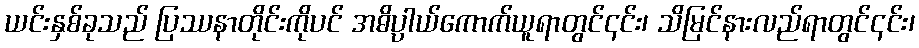
ယင်းနှစ်ခုသည် ပြဿနာတိုင်းကိုပင် အဓိပ္ပါယ်ကောက်ယူရာတွင်၎င်း၊ သိမြင်နားလည်ရာတွင်၎င်း၊